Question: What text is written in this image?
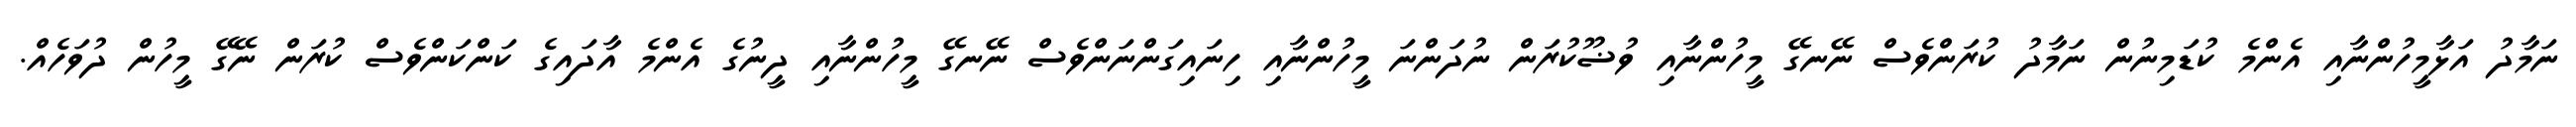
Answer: ނަމާދު އަޅާމީހުންނާއި އެންމެ ކުޑަމިނުން ނަމާދު ކުރަންވެސް ނޭނގޭ މީހުންނާއި ވުޟޫކުރަން ނުދަންނަ މީހުންނާއި ހިނައިގަންނަންވެސް ނޭނގޭ މީހުންނާއި ދީނުގެ އެންމެ އާދައިގެ ކަންކަންވެސް ކުރަން ނޭގޭ މީހުން ދުވަހެއް.